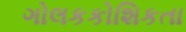
ગોલકકોશિકતા